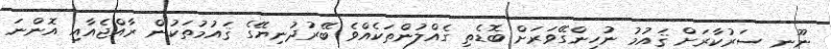
ނޫނީ ސަރުކާރަށް ޤައުމު ނުހިންގޭވަރަށް ބޮޑެތި ގެއްލުންތަކެއްވެ ބޭރުދުނިޔޭގެ ޤައުމުތަކުން ރާއްޖެއާއި އޮންނަ